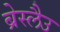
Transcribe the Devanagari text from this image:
ब्रेस्लैउ